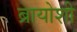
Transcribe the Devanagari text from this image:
ब्रायोशी